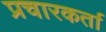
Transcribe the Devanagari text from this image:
प्रचारकर्ता